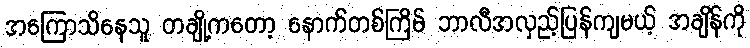
အကြောသိနေသူ တချို့ကတော့ နောက်တစ်ကြိမ် ဘာလီအလှည့်ပြန်ကျမယ့် အချိန်ကို